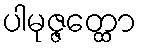
ပါမုဇ္ဇတ္ထော